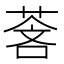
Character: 𬝓